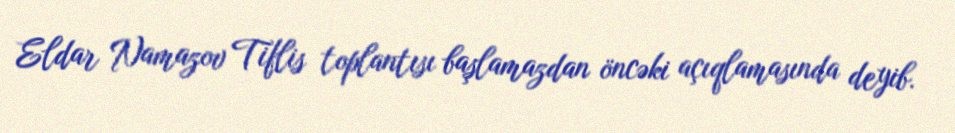
Eldar Namazov Tiflis toplantısı başlamazdan öncəki açıqlamasında deyib.